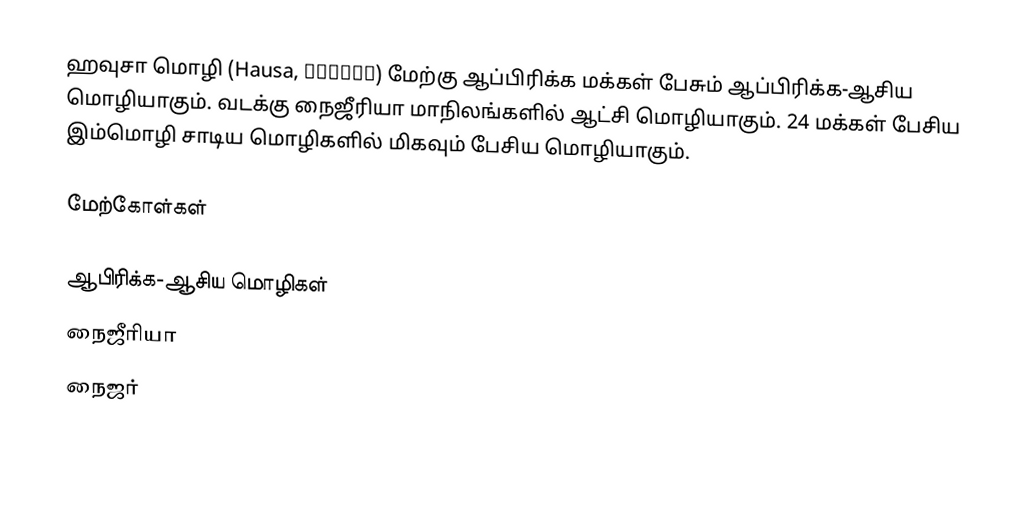
ஹவுசா மொழி (Hausa, هَوْسَ) மேற்கு ஆப்பிரிக்க மக்கள் பேசும் ஆப்பிரிக்க-ஆசிய மொழியாகும். வடக்கு நைஜீரியா மாநிலங்களில் ஆட்சி மொழியாகும். 24 மக்கள் பேசிய இம்மொழி சாடிய மொழிகளில் மிகவும் பேசிய மொழியாகும்.

மேற்கோள்கள்

ஆபிரிக்க-ஆசிய மொழிகள்
நைஜீரியா
நைஜர்